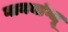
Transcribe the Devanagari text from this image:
नामयांग्जू